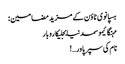
ہسپانوی ٹاؤن کے مزید مضامین :
مہنگائیموسمدنیابجلیکاروبار
نام کی سپر پاور…!